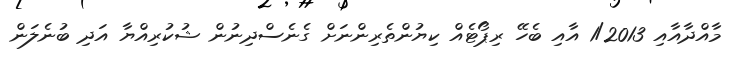
މާއްދާއާއި 1/2013 އާއި ބެހޭ ރިޕޯޓެއް ކިޔުންތެރިންނަށް ގެނެސްދިނުން ޝުކުރިއްޔާ އަދި ބުނެލަން